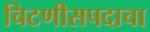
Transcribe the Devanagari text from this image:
चिटणीसपदाचा